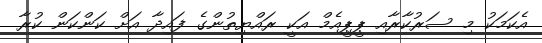
އެކަމަކު މި ސަރުކާރާއި ޕީޕީއެމް އަކީ ރައްޔިތުންގެ ފައިދާ އަށް ކަންކަން ކުރާ